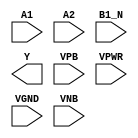
module sky130_fd_sc_ls__a21boi (
    //# {{data|Data Signals}}
    input  A1  ,
    input  A2  ,
    input  B1_N,
    output Y   ,

    //# {{power|Power}}
    input  VPB ,
    input  VPWR,
    input  VGND,
    input  VNB
);
endmodule